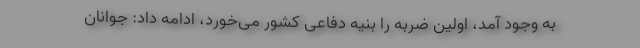
به وجود آمد، اولین ضربه را بنیه دفاعی کشور می‌خورد، ادامه داد: جوانان